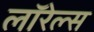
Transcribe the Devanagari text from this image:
लॉरेल्स